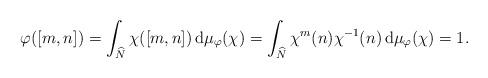
LaTeX: \begin{align*} \varphi([m,n])= \int_{\widehat{N}}\chi([m,n])\, \mathrm{d}\mu_\varphi(\chi)=\int_{\widehat{N}}\chi^m(n)\chi^{-1}(n)\, \mathrm{d}\mu_\varphi(\chi)=1.\end{align*}